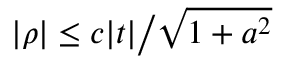
\textstyle | \rho | \leq c | t | { \big / } { \sqrt { 1 + a ^ { 2 } } }